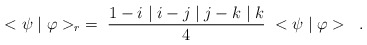
\begin{align*}<\psi \mid \varphi>_{r} \; = \;\frac{1 - i\mid i - j\mid j - k\mid k}{4} \; <\psi \mid \varphi> \; \; .\end{align*}